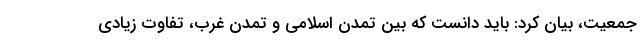
جمعیت، بیان کرد: باید دانست که بین تمدن اسلامی و تمدن غرب، تفاوت زیادی